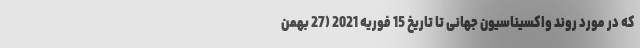
که در مورد روند واکسیناسیون جهانی تا تاریخ 15 فوریه 2021 (27 بهمن